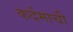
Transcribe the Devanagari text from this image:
कर्दमाची